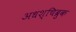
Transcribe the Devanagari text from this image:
अधश्चिब्रुक